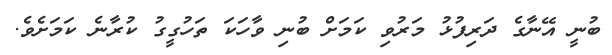
ބުނީ އޭނާގެ ދަރިފުޅު މަރުވި ކަމަށް ބުނި ވާހަކަ ތަހުގީގު ކުރާނެ ކަމަށެވެ.